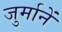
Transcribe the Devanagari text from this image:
जुर्मानें